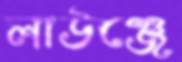
লাউঞ্জে